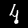
Label: 4